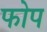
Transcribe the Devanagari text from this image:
फोप